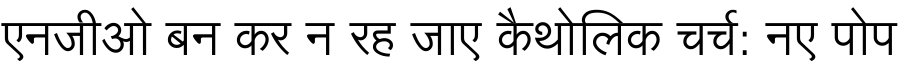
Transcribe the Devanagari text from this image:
एनजीओ बन कर न रह जाए कैथोलिक चर्च: नए पोप